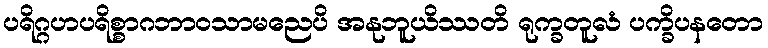
ပရိဂ္ဂဟပရိစ္စာဂဘာဝသာမညေပိ အနုဘူယိဿတိ ရုက္ခတူလံ ပက္ခိပနတော